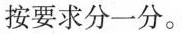
按要求分一分。